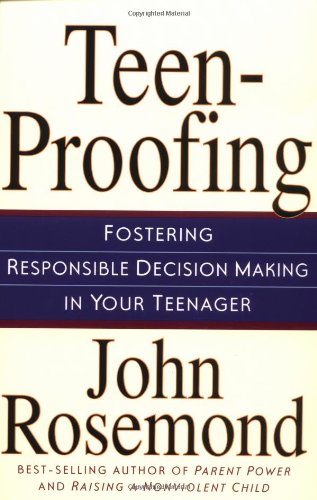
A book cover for Teen-Proofing Fostering Responsible Decision Making in Your Teenager; John Rosemond; Parenting & Relationships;